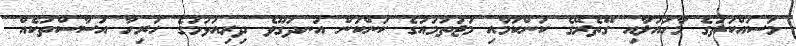
މަސައްކަތުގެ މާހައުލާއި ގޭތެރޭގެ ކަންކަމާއި މުޖުތަމައުގެ ކަންކަން އުނދަގޫވެ ދިރިއުޅުމުގެ ހުރިހާ އަސާސްތަކެއް